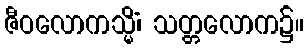
ဇီဝလောကသ္မိံ၊ သတ္တလောက၌။